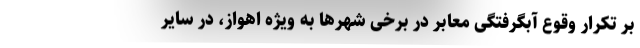
بر تکرار وقوع آبگرفتگی معابر در برخی شهرها به ویژه اهواز، در سایر